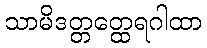
သာမိဒတ္တတ္ထေရဂါထာ